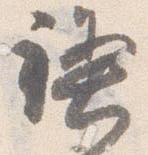
禊